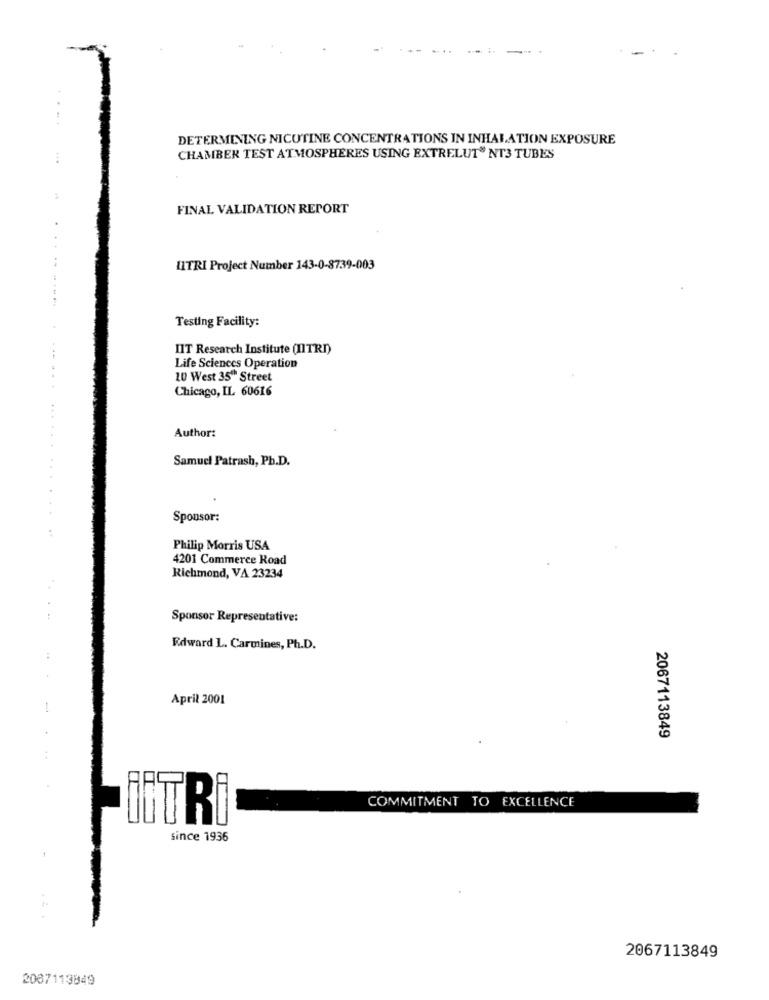
-"
DETERMINING NICUTINE CONCENTRATIONS IN INHALATION EXPOSURE
CHAMBER TEST ATMOSPHERES USING EXTRELUT" NT3 TUBES
FINAL VALIDATION REPORT
LITRI Project Number 143-0-8739-003
Testing Facility:
IIT Research Institute (IITRI)
Life Sciences Operation
10 West 35" Street
Chicago, IL 60616
Author:
Samuel Patrash, Ph.D.
Sponsor:
Philip Morris USA
4201 Commerce Road
Richmond, VA 23234
Sponsor Representative:
Edward L. Carmines, Ph.D.
..
April 2001
2067113849
COMMITMENT TO EXCELLENCE
İİTRİ
since 1936
2067113849
2087113849